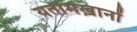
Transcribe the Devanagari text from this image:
यतीमख़ानों